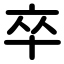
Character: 卒